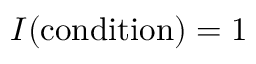
I ( { \mathrm { c o n d i t i o n } } ) = 1